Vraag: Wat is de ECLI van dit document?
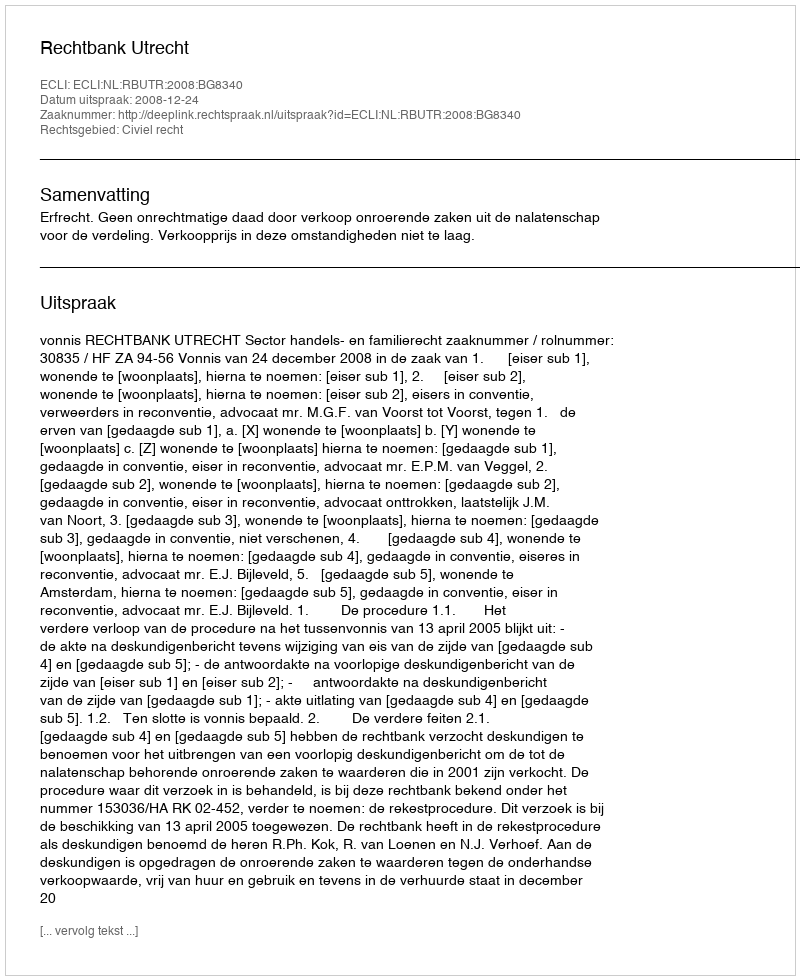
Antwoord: ECLI:NL:RBUTR:2008:BG8340